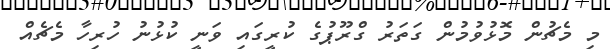
މި މެޗުން މޮޅުވުމުން ގަތަރު ގްރޫޕުގެ ކުރީގައި ވަނީ ކުޅުނު ހުރިހާ މެޗެއް